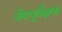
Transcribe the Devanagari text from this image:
जैवपूर्वेक्षण